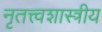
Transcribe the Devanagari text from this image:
नृतत्त्वशास्त्रीय